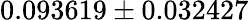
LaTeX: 0.093619\pm 0.032427